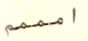
امممم